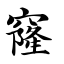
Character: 窿